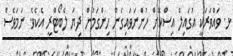
ޅ. ވައްވަރަކީ އުގައިލް އިސްކޮށް ހުންނަވައިގެން ހިންގަމުން ދިޔަ ލެބޯޓްރީ އެކެވެ. ނަމަވެސް